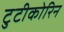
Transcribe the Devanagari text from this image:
टुटीकोरिन